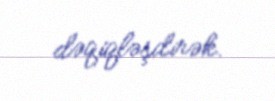
dəqiqləşdirək.